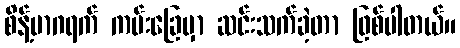
စိန့်မာဂရက် ကမ်းခြေမှာ ဆင်းသက်ခဲ့တာ ဖြစ်ပါတယ်။